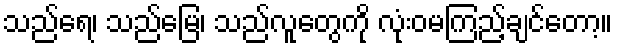
သည်ရေ၊ သည်မြေ၊ သည်လူတွေကို လုံးဝမကြည့်ချင်တော့။